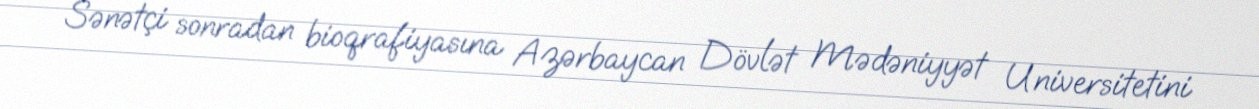
Sənətçi sonradan bioqrafiyasına Azərbaycan Dövlət Mədəniyyət Universitetini